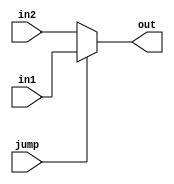
module control_mux_pc(in1,in2,jump,out);

input [0:31] in1;
input [0:31] in2;
input jump;
output [0:31] out;

assign out = jump == 1? in1:
	jump == 0? in2 : 0;

endmodule